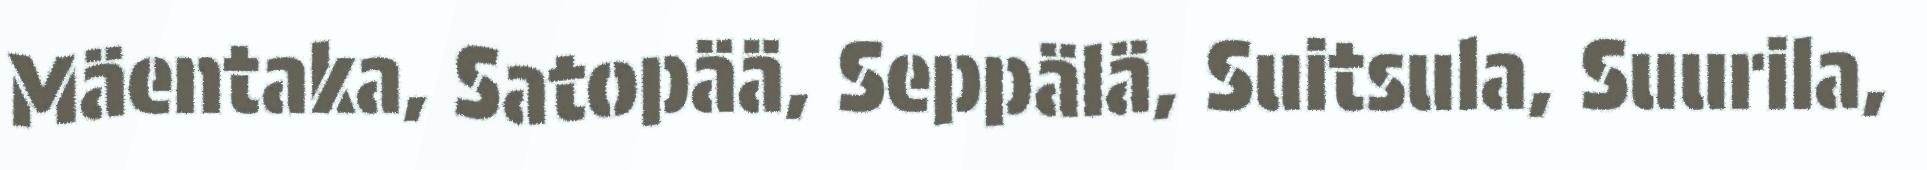
Mäentaka, Satopää, Seppälä, Suitsula, Suurila,